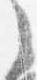
之